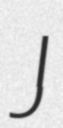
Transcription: J